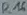
Text: R16